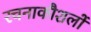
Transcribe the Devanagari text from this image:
रचनाकौशलों